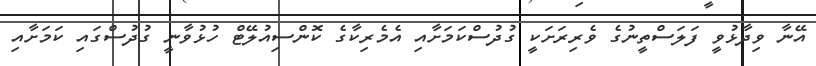
އޭނާ ވިދާޅުވީ ފަލަސްތީނުގެ ވެރިރަށަކީ ގުދުސްކަމަށާއި އެމެރިކާގެ ކޮންސިއުލޭޓް ހުޅުވާނީ ގުދުސްގައި ކަމަށާއި